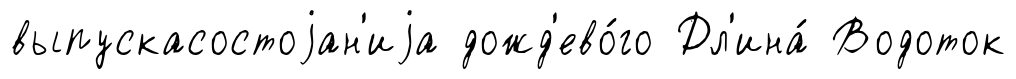
выпускасостоjан'иjа дожд'ево́го Дл'ина́ Водоток